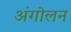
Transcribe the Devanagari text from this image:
अंगोलन